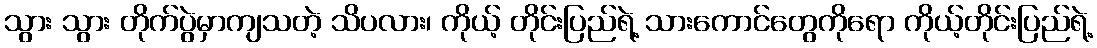
သွား သွား တိုက်ပွဲမှာကျသတဲ့ သိပလား၊ ကိုယ့် တိုင်းပြည်ရဲ့ သားကောင်တွေကိုရော ကိုယ့်တိုင်းပြည်ရဲ့